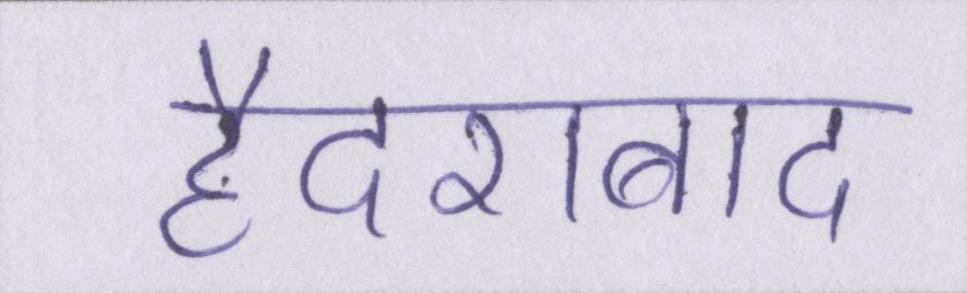
हैदराबाद